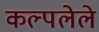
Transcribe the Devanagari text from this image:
कल्पलेले